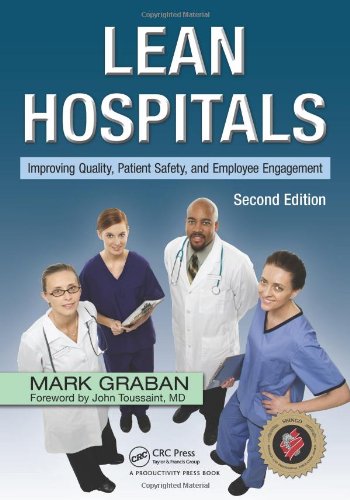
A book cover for Lean Hospitals: Improving Quality, Patient Safety, and Employee Engagement, Second Edition; Mark Graban; Medical Books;